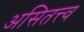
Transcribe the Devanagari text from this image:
असितत्त्व